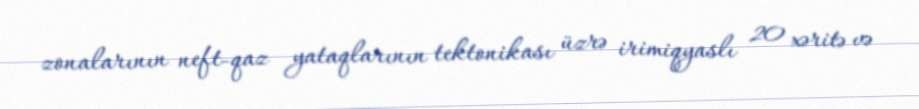
zonalarının neft-qaz yataqlarının tektonikası üzrə irimiqyaslı 20 xəritə və